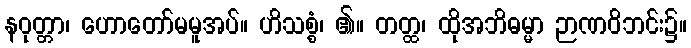
နဝုတ္တာ၊ ဟောတော်မမူအပ်။ ဟိသစ္စံ၊ ၏။ တတ္ထ၊ ထိုအဘိဓမ္မာ ဉာဏဝိဘင်း၌။